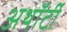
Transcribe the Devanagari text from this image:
अथॉर्टी